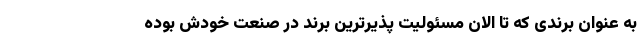
به عنوان برندی که تا الان مسئولیت پذیرترین برند در صنعت خودش بوده